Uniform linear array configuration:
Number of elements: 24
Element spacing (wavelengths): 0.5
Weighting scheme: blackman
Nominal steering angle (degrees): -45
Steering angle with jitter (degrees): -46.796
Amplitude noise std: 0.05
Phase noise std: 0.05

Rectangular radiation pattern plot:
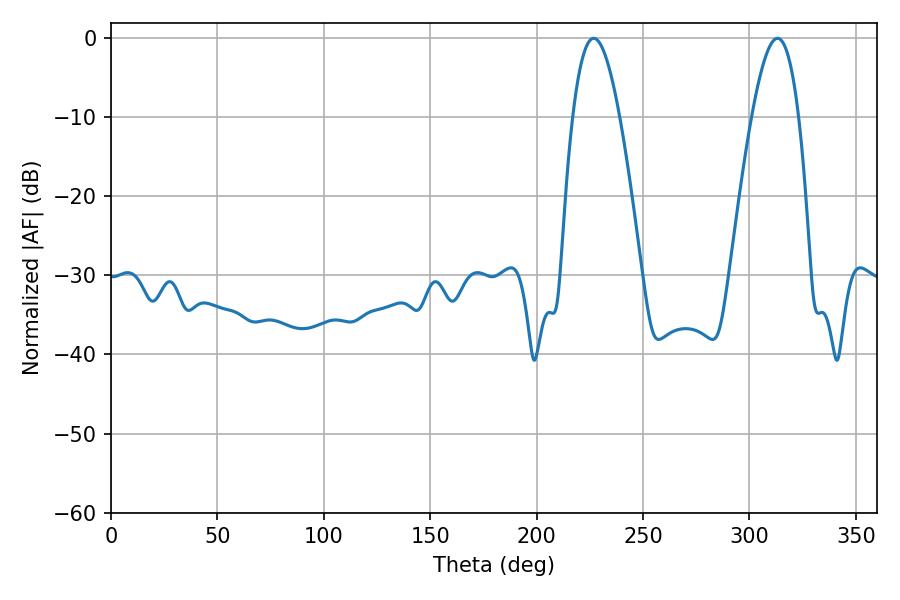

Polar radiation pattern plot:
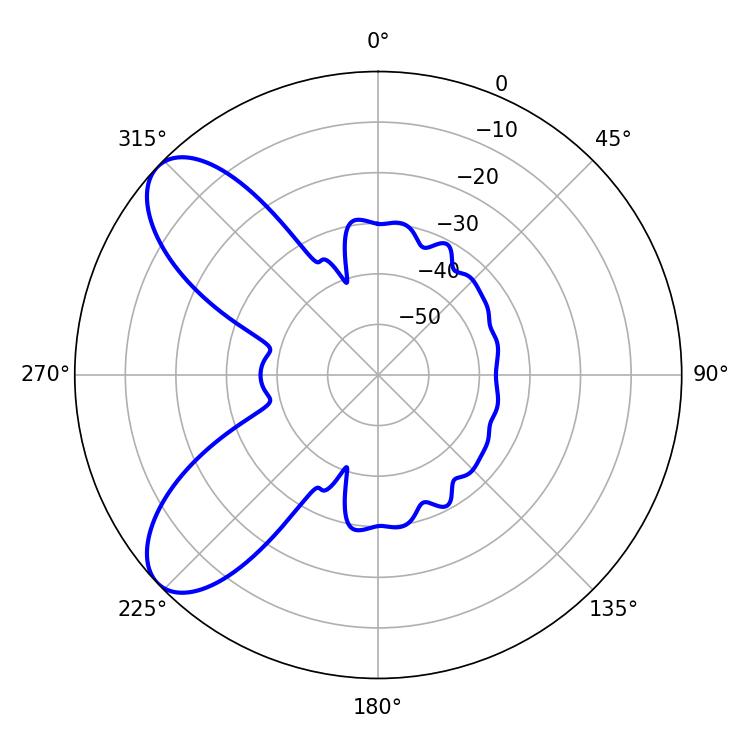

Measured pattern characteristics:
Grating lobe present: FALSE
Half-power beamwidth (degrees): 11.88
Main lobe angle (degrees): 226.8